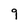
Character: 9